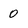
Character: 0